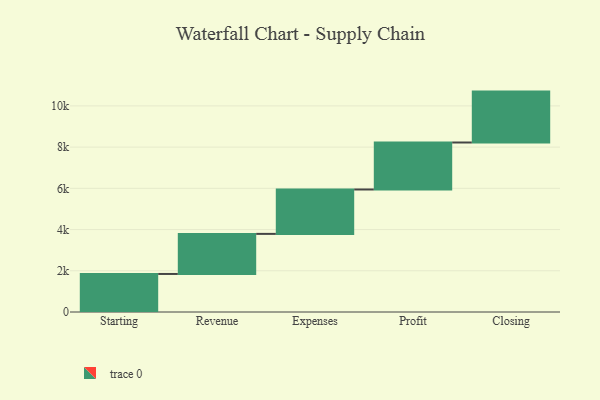
{"axis": {"x": "Step", "y": "Value"}, "legend": [""], "data": [{"x": "Starting", "y": 1846.0, "type": ""}, {"x": "Revenue", "y": 1945.0, "type": ""}, {"x": "Expenses", "y": 2154.0, "type": ""}, {"x": "Profit", "y": 2280.0, "type": ""}, {"x": "Closing", "y": 2470.0, "type": ""}]}